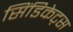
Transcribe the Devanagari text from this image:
सिंडिकेट्स